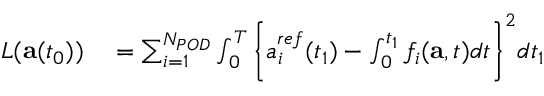
\begin{array} { r l } { L ( \mathbf { a } ( t _ { 0 } ) ) } & { { } = \sum _ { i = 1 } ^ { N _ { P O D } } \int _ { 0 } ^ { T } \bigg \{ { a _ { i } ^ { r e f } } ( t _ { 1 } ) - \int _ { 0 } ^ { t _ { 1 } } f _ { i } ( \mathbf { a } , t ) d t \bigg \} ^ { 2 } d t _ { 1 } } \end{array}